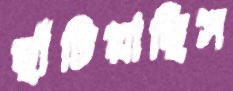
ছাঁটিয়াছিস